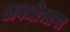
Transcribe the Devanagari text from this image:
अवधीभाषा